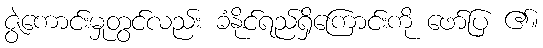
ဇွဲကောင်းမှုတွင်လည်း ခံနိုင်ရည်ရှိကြောင်းကို ဖော်ပြ ၏။